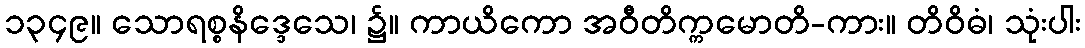
၁၃၄၉။ သောရစ္စနိဒ္ဒေသေ၊ ၌။ ကာယိကော အဝီတိက္ကမောတိ-ကား။ တိဝိဓံ၊ သုံးပါး